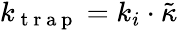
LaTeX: k_{\mathrm{~t~r~a~p~}}=k_{i}\cdot\tilde{\kappa}